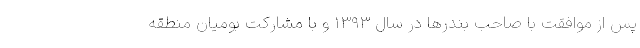
پس از موافقت با صاحب بندرها در سال ۱۳۹۳ و با مشارکت بومیان منطقه